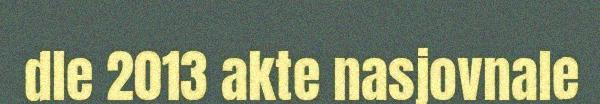
dle 2013 akte nasjovnale